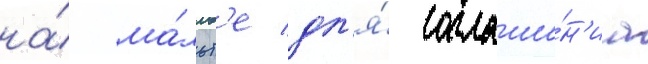
на́ ма́льт'е дл'я́ соглаше́н'иа